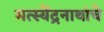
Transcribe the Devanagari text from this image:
मत्स्येंद्रनाथांचे